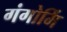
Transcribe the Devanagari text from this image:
गंगोर्मि